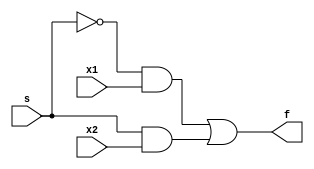
module mux_2x1 (x1,x2,s,f);
    input x1 ;
    input x2; 
    input s;
    output f;

//Gate level modeling
    assign f = ~s & x1 || s & x2;
    

    //Mathematical modeling of that would be: f = not(s)*x1 + s*x2
endmodule